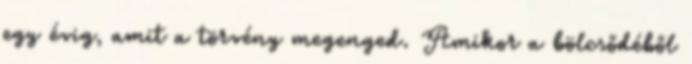
egy évig, amit a törvény megenged. Amikor a bölcsődéből